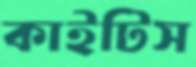
কাইটিস